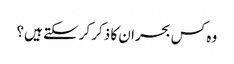
وہ کس بحران کا ذکر کرسکتے ہیں؟